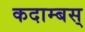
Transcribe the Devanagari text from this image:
कदाम्बस्